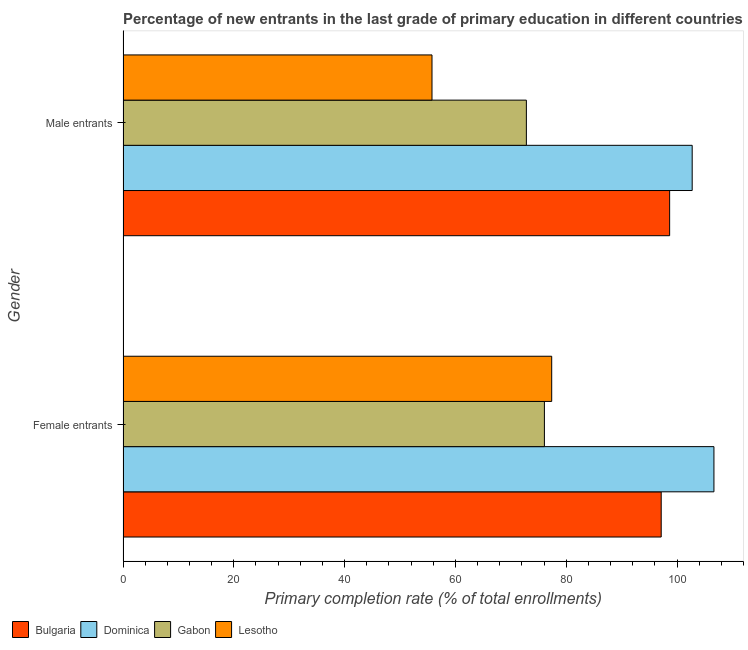
| Gender | Bulgaria | Dominica | Gabon | Lesotho |
 | --- | --- | --- | --- | --- |
 | Female entrants | 97.1 | 107 | 76.1 | 77.4 |
 | Male entrants | 98.7 | 103 | 72.8 | 55.8 |